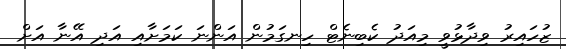
ޒުހައިރު ވިދާޅުވީ މިއަދު ކެބިނެޓް ހިނގަމުން އަންނަ ކަމަށާއި އަދި އޭނާ އަށް